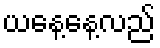
ယနေ့နေ့လည်